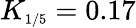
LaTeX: K_{\scriptscriptstyle{1/5}}=0.17